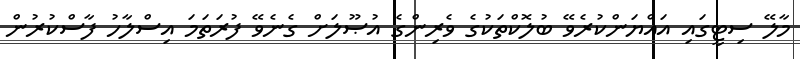
މާލޭ ސިޓީގައި އައްޔަންކުރެވޭ ބުލޮކްތަކުގެ ވެރިންގެ އުޞޫލަށް ގެނެވޭ ފުރަތަމަ އިސްލާހު ފާސްކުރުން